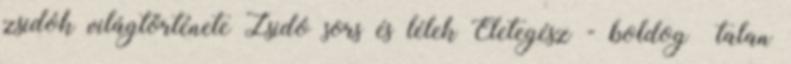
zsidók világtörténete Zsidó sors és lélek Életegész - boldog talan